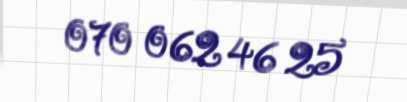
070 062 46 25